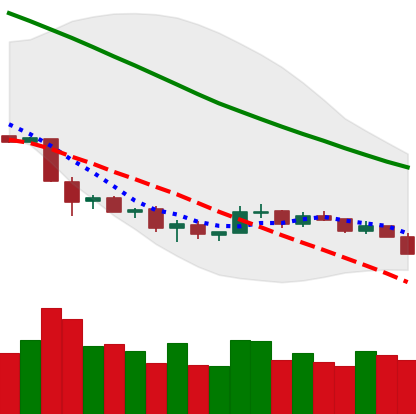
Ticker: NEO-USD
Chart end date: 2018-12-06
Forward return: -3.292%
Label: down_3_5